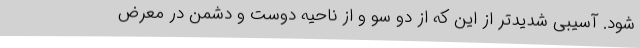
شود. آسیبی شدیدتر از این که از دو سو و از ناحیه دوست و دشمن در معرض